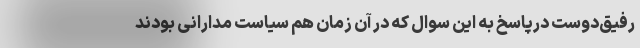
رفیق‌دوست درپاسخ به این سوال که در آن زمان هم سیاست مدارانی بودند